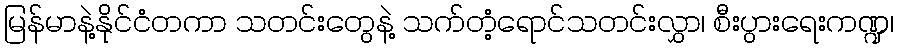
မြန်မာနဲ့နိုင်ငံတကာ သတင်းတွေနဲ့ သက်တံ့ရောင်သတင်းလွှာ၊ စီးပွားရေးကဏ္ဍ၊